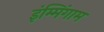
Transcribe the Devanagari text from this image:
इंम्मिंगाम